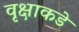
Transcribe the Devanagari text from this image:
वृक्षाकडे